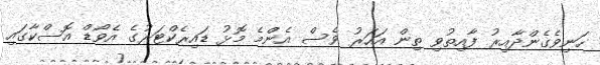
ހަނިވެގެންދާއިރު ފާއިތުވި ތިން އަހަރު ވެސް އެންމެ މޮޅު ޑައިރެކްޓަރުގެ އެވޯޑް އޮސްކާގައި